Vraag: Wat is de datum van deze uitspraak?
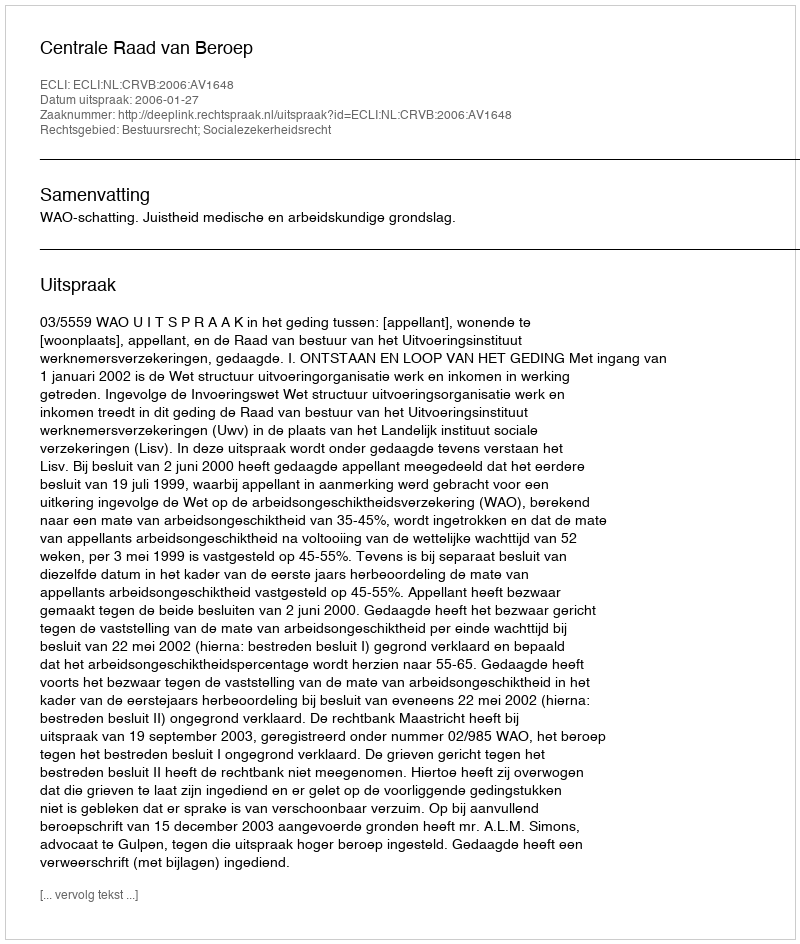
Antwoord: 2006-01-27